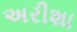
અરીશા